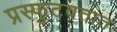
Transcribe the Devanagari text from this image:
प्रस्फुटवतात